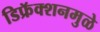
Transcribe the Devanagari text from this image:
डिफ्रॅक्शनमुळे